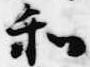
和